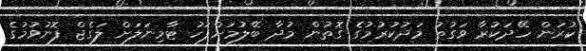
ކުރަން ހޭދަކުރާ ވަގުތު މަދުކުރުމުގެ ގޮތުން މުދާ ބޭލުމަށްފަހު ޓާމިނަލަށް ލަގެޖް ފޮނުވުމުގެ